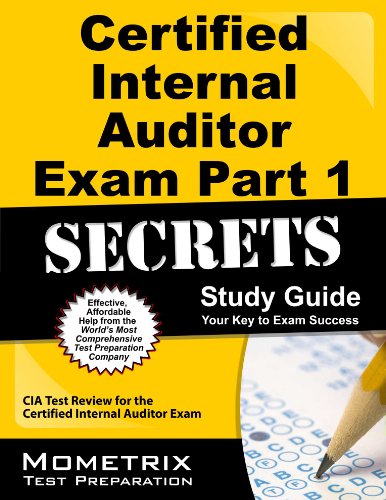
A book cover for Certified Internal Auditor Exam Part 1 Secrets Study Guide: CIA Test Review for the Certified Internal Auditor Exam; CIA Exam Secrets Test Prep Team; Business & Money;